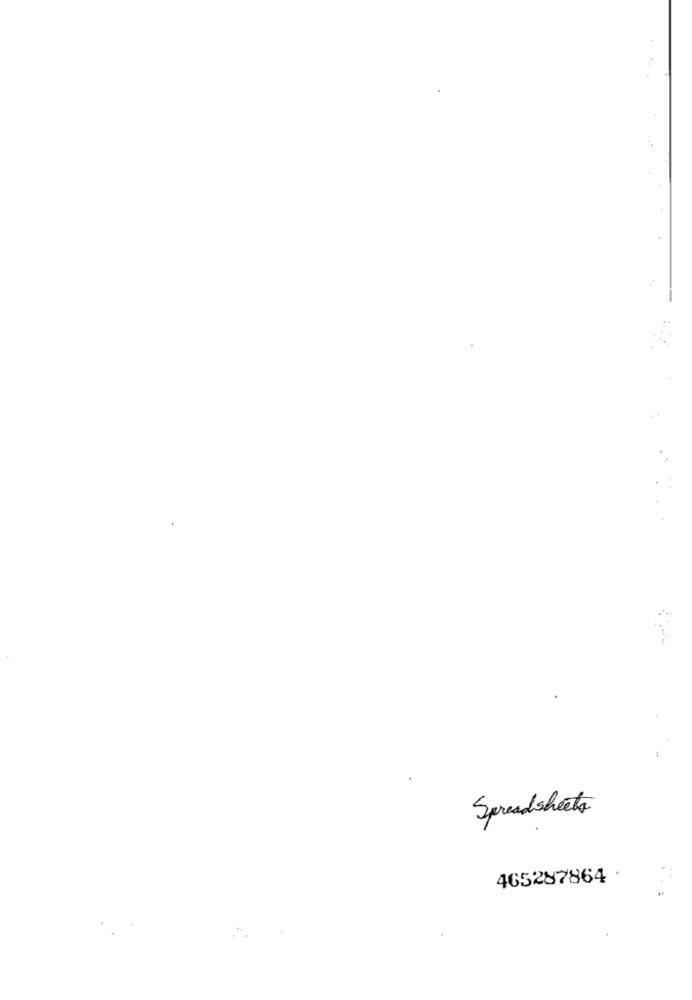
Spreadsheets
465287864